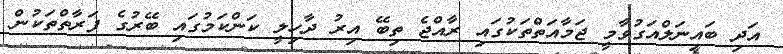
އަދި ބައިނަލްއަގުވާމީ ޖަމާއަތްތަކުގައި ރާއްޖެ ތިބޭ އިރު ދާހިލީ ކަންކަމުގައި ބޭރުގެ ފަރާތްތަކުން